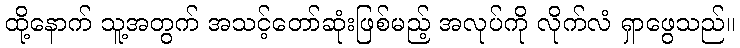
ထို့နောက် သူ့အတွက် အသင့်တော်ဆုံးဖြစ်မည့် အလုပ်ကို လိုက်လံ ရှာဖွေသည်။